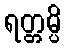
ရတ္တမ္ပိ